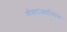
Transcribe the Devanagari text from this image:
यौवराज्याभिषेक